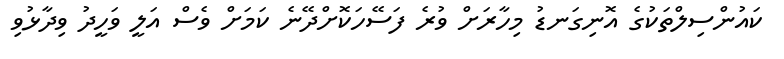
ކައުންސިލްތަކުގެ އޮނިގަނޑު މިހާރަށް ވުރެ ފަސޭހަކޮށްދޭނެ ކަމަށް ވެސް އަލީ ވަހީދު ވިދާޅުވި